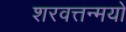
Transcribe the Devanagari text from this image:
शरवत्तन्मयो